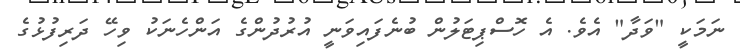
ނަމަކީ "ވަދާ" އެވެ. އެ ހޮސްޕިޓަލުން ބުނެފައިވަނީ އުރުދުންގެ އަންހެނަކު ވިހޭ ދަރިފުޅުގެ